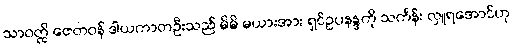
သာဝတ္ထိ ဇေတဝန် ဒါယကာတဦးသည် မိမိ မယားအား ရှင်ဥပနန္ဒကို သင်္ကန်း လှူရအောင်ဟု